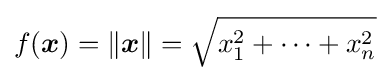
f({\boldsymbol {x}})=\|{\boldsymbol {x}}\|={\sqrt {x_{1}^{2}+\cdots +x_{n}^{2}}}